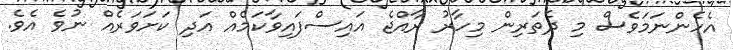
އެހެންނަމަވެސް މި ދެތަރިން މިހާރު ރާއްޖެ އައިސްފައިވާކަމެއް އަދި ކަށަވަރެއް ނުވެ އެވެ.